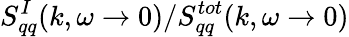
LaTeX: S_{qq}^{I}(k,\omega\to 0)/S_{qq}^{tot}(k,\omega\to 0)